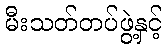
မီးသတ်တပ်ဖွဲ့နှင့်